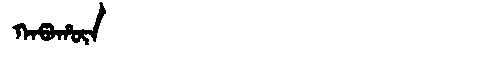
Manchu: ᡴᠠᡦᠠᡥᡡᠨ
Romanization: KAPAHŪN